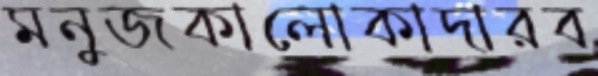
মনুজকালোকাদারব